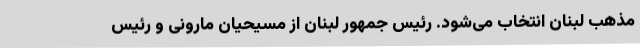
مذهب لبنان انتخاب می‌شود. رئیس جمهور لبنان از مسیحیان مارونی و رئیس